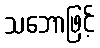
သဘောဖြင့်